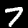
Label: 7